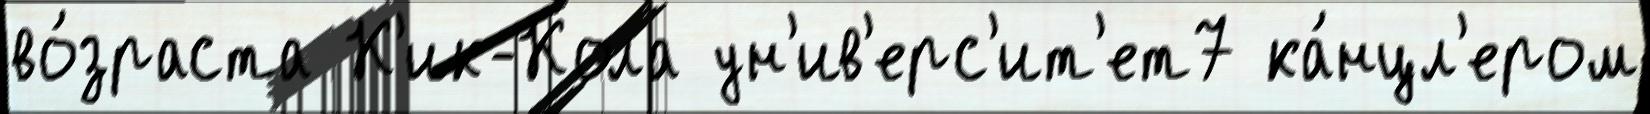
во́зраста К'ик-Кола ун'ив'ерс'ит'ет7 ка́нцл'ером